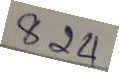
824